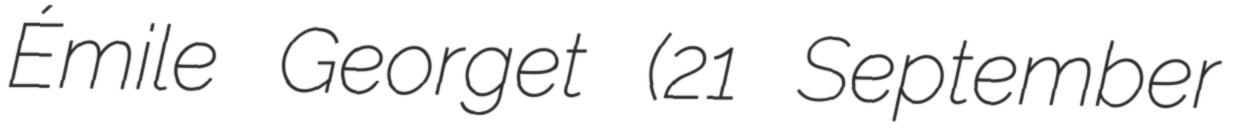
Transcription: Émile Georget (21 September